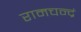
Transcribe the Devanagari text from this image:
रामचन्द्रं